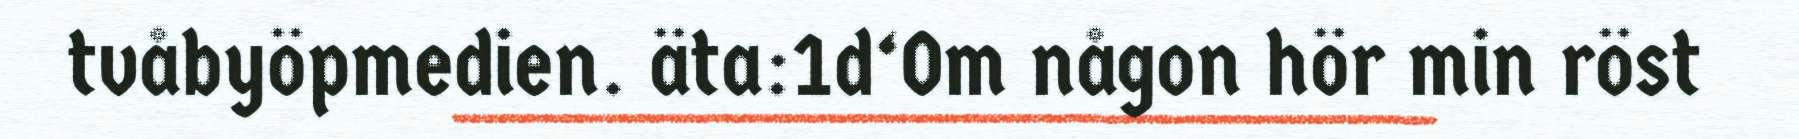
tvåbyöpmedien. äta:1d‘Om någon hör min röst